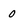
Character: 0